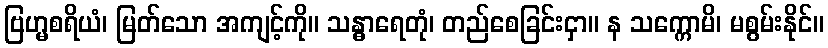
ဗြဟ္မစရိယံ၊ မြတ်သော အကျင့်ကို။ သန္ဓာရေတုံ၊ တည်စေခြင်းငှာ။ န သက္ကောမိ၊ မစွမ်းနိုင်။